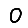
Digit: 0